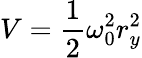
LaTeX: V=\frac{1}{2}\omega_{0}^{2}r_{y}^{2}